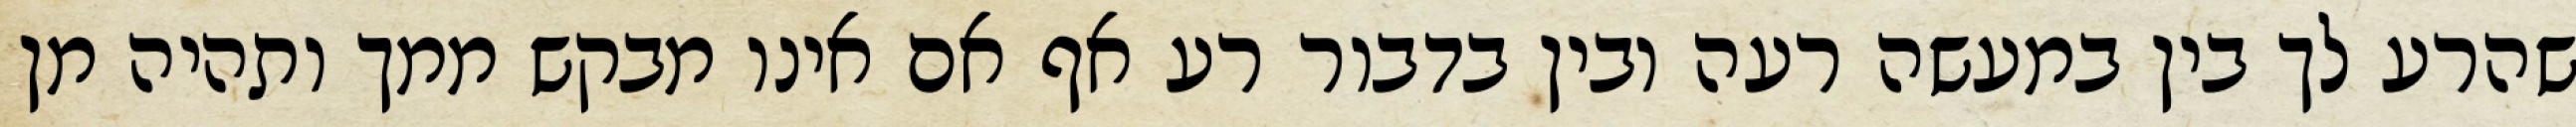
שהרע לך בין במעשה רעה ובין בדבור רע אף אם אינו מבקש ממך ותהיה מן